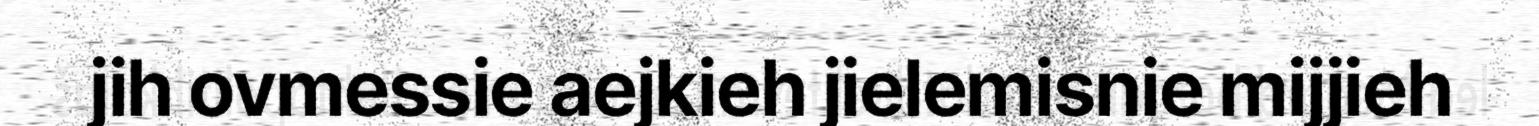
jih ovmessie aejkieh jielemisnie mijjieh